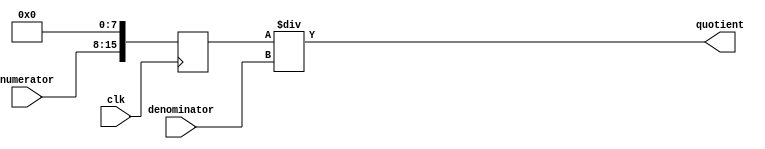
module fractional_divider(
    input wire clk,
    input wire [7:0] numerator,
    input wire [7:0] denominator,
    output reg [15:0] quotient
);

reg [15:0] temp_num;

always @(posedge clk) begin
    temp_num <= numerator << 8;
end

assign quotient = temp_num / denominator;

endmodule